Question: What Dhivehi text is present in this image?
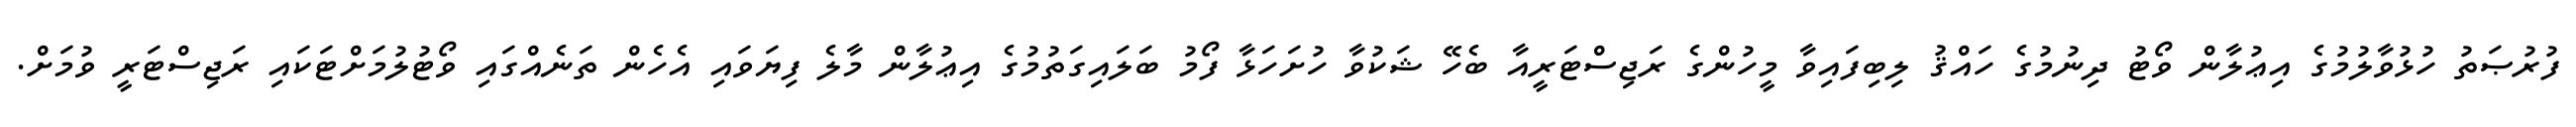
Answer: ފުރުޞަތު ހުޅުވާލުމުގެ އިޢުލާން ވޯޓު ދިނުމުގެ ހައްޤު ލިބިފައިވާ މީހުންގެ ރަޖިސްޓަރީއާ ބެހޭ ޝަކުވާ ހުށަހަޅާ ފޯމު ބަލައިގަތުމުގެ އިޢުލާން މާލެ ފިޔަވައި އެހެން ތަނެއްގައި ވޯޓުލުމަށްޓަކައި ރަޖިސްޓަރީ ވުމަށް.